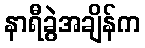
နာရီခွဲအချိန်က